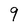
Character: 9